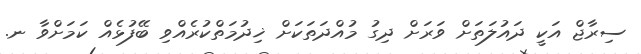
ސިރާޖް އަކީ ދައުލަތަށް ވަރަށް ދިގު މުއްދަތަކަށް ޚިދުމަތްކުރެއްވި ބޭފުޅެއް ކަމަށްވާ ނ.